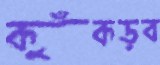
কুঁকড়ব